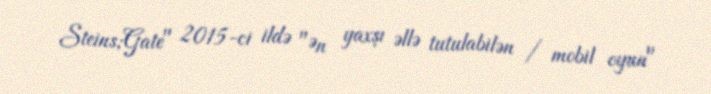
Steins;Gate" 2015-ci ildə "Ən yaxşı əllə tutulabilən / mobil oyun"